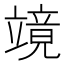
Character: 𮄹